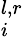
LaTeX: ^{l,r}_{i}